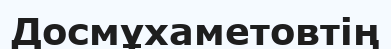
Досмұхаметовтің